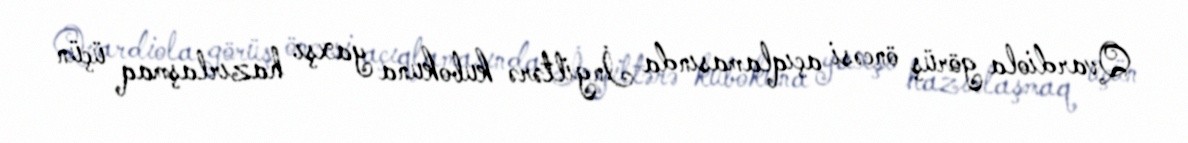
Qvardiola görüş öncəsi açıqlamasında İngiltərə kubokuna yaxşı hazırlaşmaq üçün